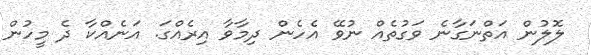
ލޮލުން އަތްނަގާނެ ވަގުތެއް ނުވޭ އެހެން ދިމާވާ އިރެއްގަ. އަނެއްކާ ދެ މީހުން